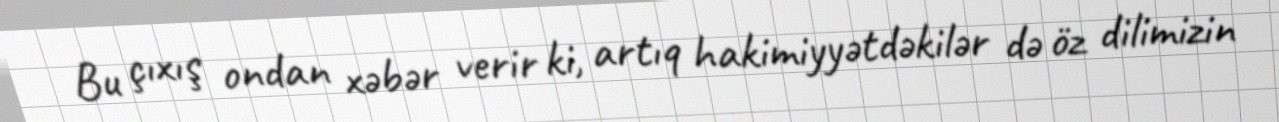
Bu çıxış ondan xəbər verir ki, artıq hakimiyyətdəkilər də öz dilimizin